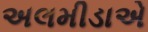
અલમીડાએ